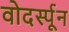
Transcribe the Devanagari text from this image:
वोदर्स्पून